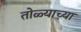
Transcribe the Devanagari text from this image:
तोळ्याच्या